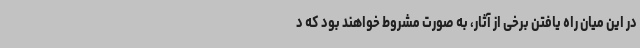
در این میان راه یافتن برخی از آثار، به صورت مشروط خواهند بود که د